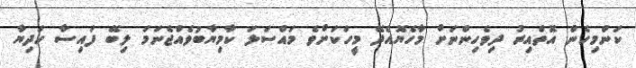
ކަންމިހެން އޮތްއިރު ދިވެހިންނަށް މާހެޔޮއެދޭ މީހަކަށްވެ މައްސަލަ ކާމިޔާބުވެއްޖެނަމަ ލިބޭ ފައިސާ ހަދިޔާ